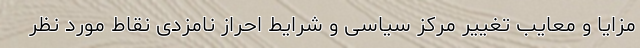
مزایا و معایب تغییر مرکز سیاسی و شرایط احراز نامزدی نقاط مورد نظر